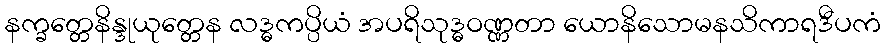
နက္ခတ္တေနိန္ဒုယုတ္တေန လဒ္ဓကပ္ပိယံ အပရိသုဒ္ဓဝဏ္ဏတာ ယောနိသောမနသိကာရဒီပကံ